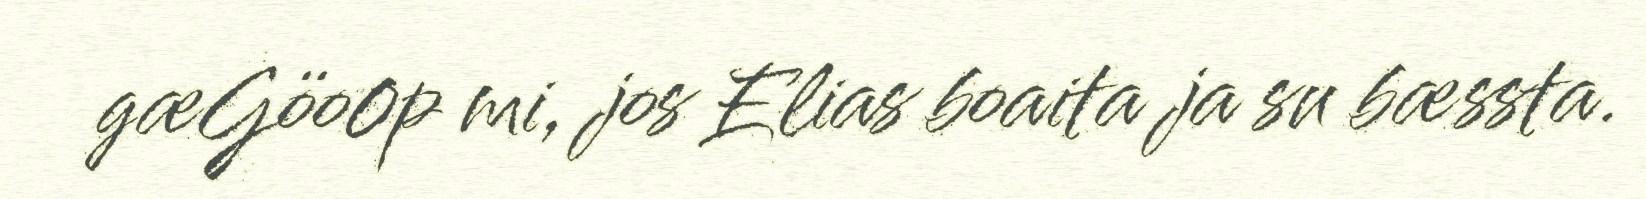
gæGöo0p mi, jos Elias boaita ja su bæssta.